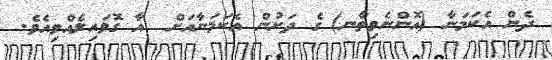
ދެން އެކަމަނާ (އޮންނެވިތާނ) ގެ ދަށުން އެކަމަނާއަށް  އާ ގޮވައިލެއްވިއެވެ.